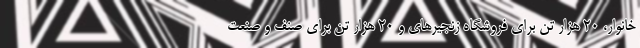
خانوار، ۲۰ هزار تن برای فروشگاه زنجیرهای و ۲۰ هزار تن برای صنف و صنعت